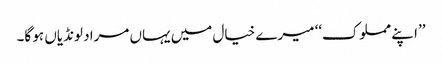
’’ا پنے مملوک‘‘ میرے خیال میں یہاں مراد لونڈیاں ہو گا۔